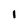
Character: 1